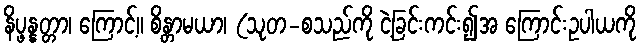
နိပ္ဖန္နတ္တာ၊ ကြောင့်။ စိန္တာမယာ၊ (သုတ-စသည်ကို ငဲ့ခြင်းကင်း၍အ ကြောင်းဥပါယကို